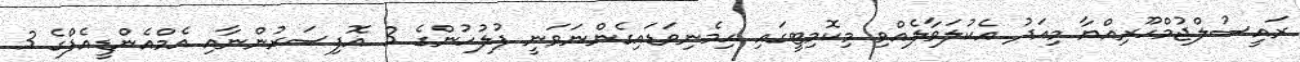
ރައީސުލްޖުމްހޫރިއްޔާ މިއަދު އެކުލަވާލެއްވި މިކޮމިޓީގައި ހިމެނިވަޑައިގެންނަވަނީ ފުލުހުންގެ 3 އޮފިސަރުންނާއި އެމްއެންޑީއެފްގެ 3